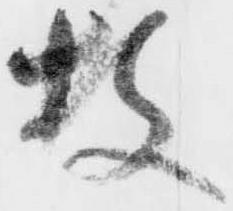
枚